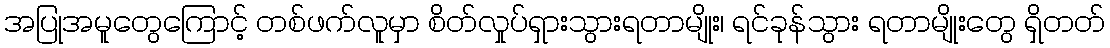
အပြုအမူတွေကြောင့် တစ်ဖက်လူမှာ စိတ်လှုပ်ရှားသွားရတာမျိုး၊ ရင်ခုန်သွား ရတာမျိုးတွေ ရှိတတ်